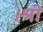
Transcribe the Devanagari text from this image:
।श्री